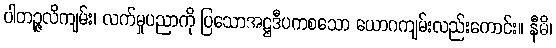
ပါတဉ္ဇလိကျမ်း၊ လက်မှုပညာကို ပြသောအဋ္ဌဒီပကစသော ယောဂကျမ်းလည်းကောင်း။ နီဓိ၊